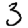
Digit: 3